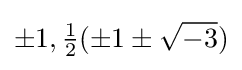
\pm 1,{\tfrac {1}{2}}(\pm 1\pm {\sqrt {-3}})